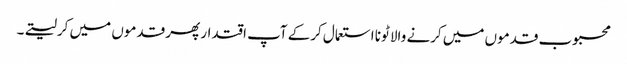
محبوب قدموں میں کرنے والا ٹونا استعمال کرکے آپ اقتدار پھر قدموں میں کرلیتے۔